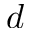
d